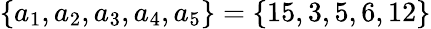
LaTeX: \{ a_{1},a_{2},a_{3},a_{4},a_{5}\} =\{ 15,3,5,6,12\}